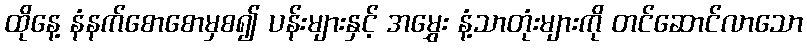
ထိုနေ့ နံနက်စောစောမှစ၍ ပန်းများနှင့် အမွှေး နံ့သာတုံးများကို တင်ဆောင်လာသော